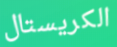
الكريستال